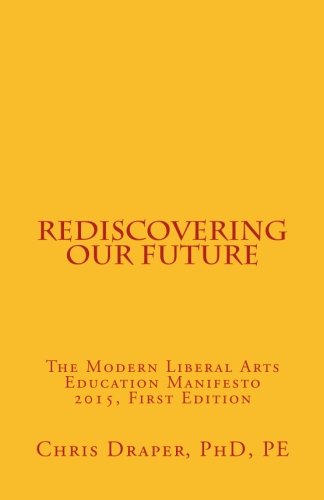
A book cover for Rediscovering our Future: The Modern Liberal Arts Education Manifesto 2015; Chris Draper PhD; Education & Teaching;